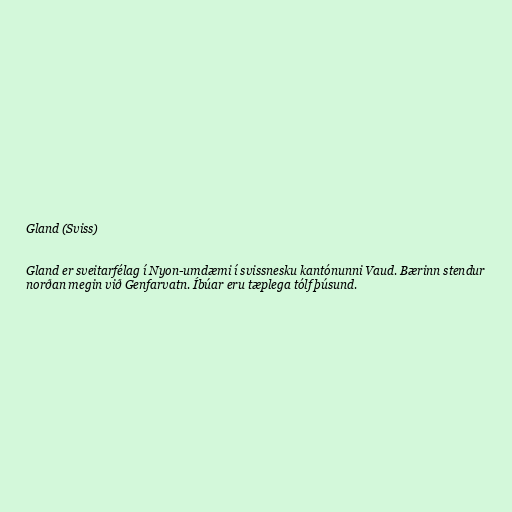
Gland (Sviss)

Gland er sveitarfélag í Nyon-umdæmi í svissnesku kantónunni Vaud. Bærinn stendur
norðan megin við Genfarvatn. Íbúar eru tæplega tólf þúsund.